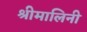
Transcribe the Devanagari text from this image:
श्रीमालिनी